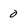
Character: 0